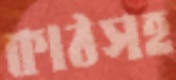
কাঠসহ